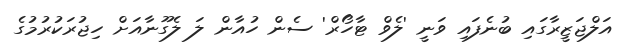
އަލްޖަޒީރާގައި ބުނެފައި ވަނީ 'ލެވް ޓާހޯރް' ސެން ހުއާން ލަ ލެގޫނާއަށް ހިޖުރަކުރުމުގެ